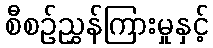
စီစဉ်ညွှန်ကြားမှုနှင့်